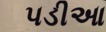
પડીઆ